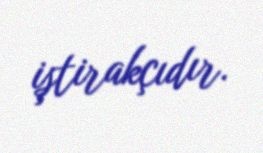
iştirakçıdır.